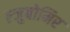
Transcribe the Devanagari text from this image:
ल्जुबोमिर